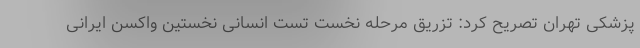
پزشکی تهران تصریح کرد: تزریق مرحله نخست تست انسانی نخستین واکسن ایرانی